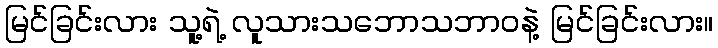
မြင်ခြင်းလား သူ့ရဲ့ လူသားသဘောသဘာဝနဲ့ မြင်ခြင်းလား။